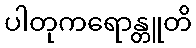
ပါတုကရောန္တူတိ